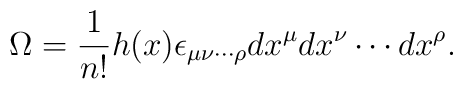
\Omega = \frac{1}{n!}h(x)\epsilon_{{\mu}{\nu}\cdots {\rho}}dx^{\mu}dx^{\nu}\cdots dx^{\rho}.